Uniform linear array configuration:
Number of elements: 16
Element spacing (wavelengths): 0.5
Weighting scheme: cosine
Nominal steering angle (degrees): -30
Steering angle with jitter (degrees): -29.658
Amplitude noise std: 0.05
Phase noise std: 0.05

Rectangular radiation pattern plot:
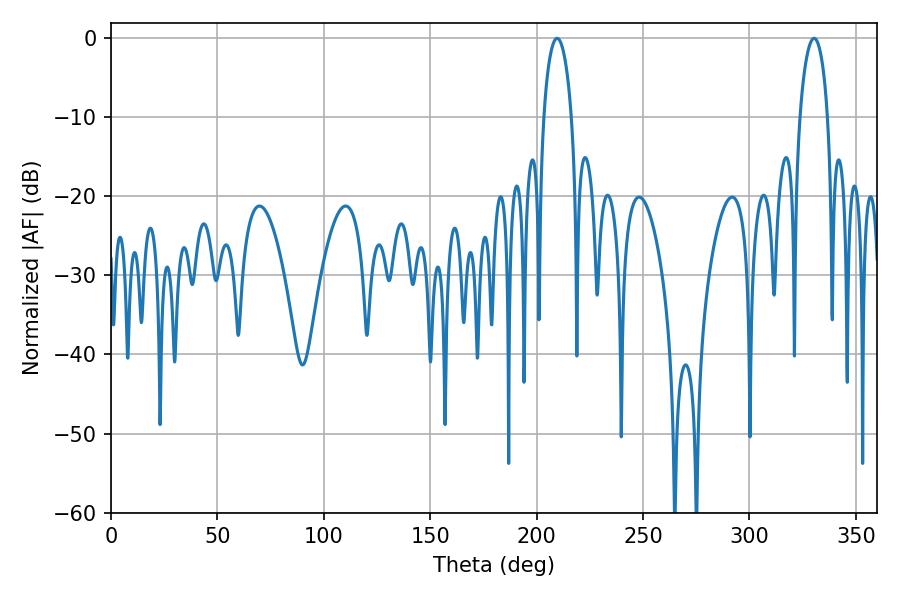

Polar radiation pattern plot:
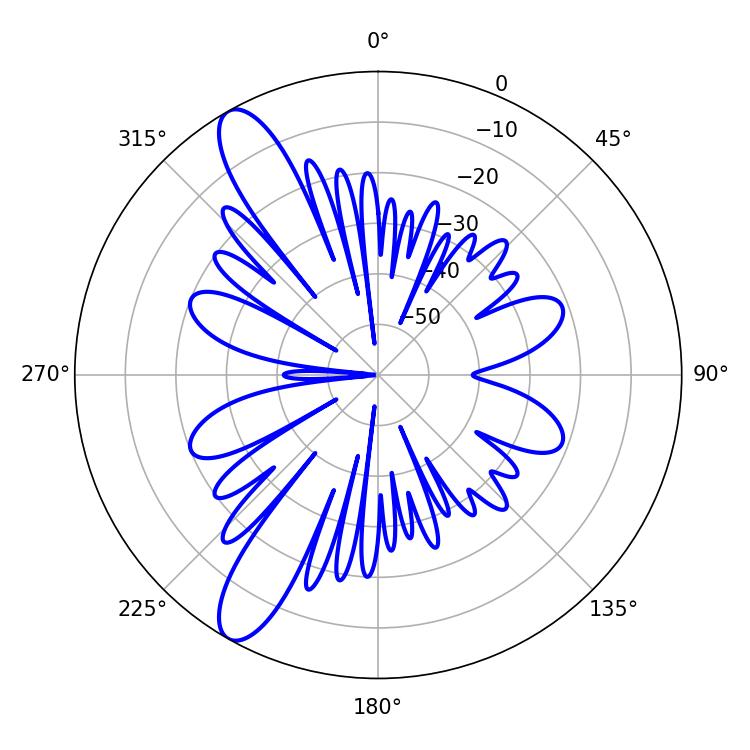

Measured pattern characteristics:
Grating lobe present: FALSE
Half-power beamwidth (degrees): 7.56
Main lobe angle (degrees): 209.7